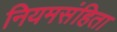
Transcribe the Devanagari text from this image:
नियमसंहिता